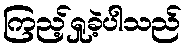
ကြည့်ရှုခဲ့ပါသည်